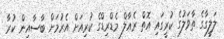
ލަލީގާގެ ތާވަލުގެ ކުރީގައި އޮތް ރެއާލް މެޑްރިޑްގެ ކުރިއަށް އެރުމަށް ބާސާއިން ކުރާ